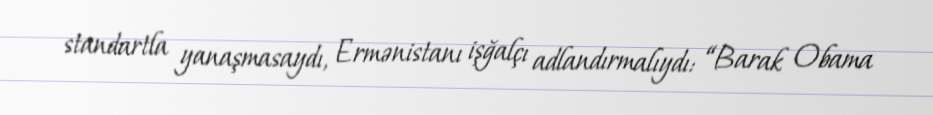
standartla yanaşmasaydı, Ermənistanı işğalçı adlandırmalıydı: “Barak Obama